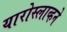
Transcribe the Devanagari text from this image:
यारोस्लाव्हने